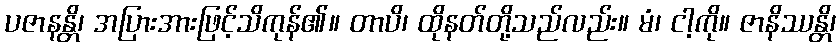
ပဇာနန္တိ၊ အပြားအားဖြင့်သိကုန်၏။ တာပိ၊ ထိုနတ်တို့သည်လည်း။ မံ၊ ငါ့ကို။ ဇာနိဿန္တိ၊